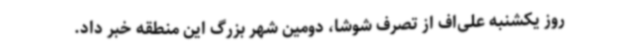
روز یکشنبه علی‌اف از تصرف شوشا، دومین شهر بزرگ این منطقه خبر داد.